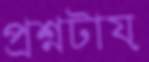
প্রশ্নটায়